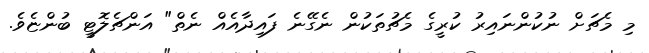
މި މެޗަށް ނުކުންނައިރު ކުރީގެ މެޗުތަކުން ނެގޭނެ ފައިދާއެއް ނެތް" އަންޗެލޮޓީ ބުންޏެވެ.